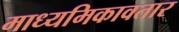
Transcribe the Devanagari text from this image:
माध्यमिकावतार